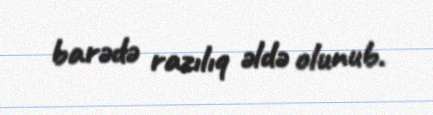
barədə razılıq əldə olunub.